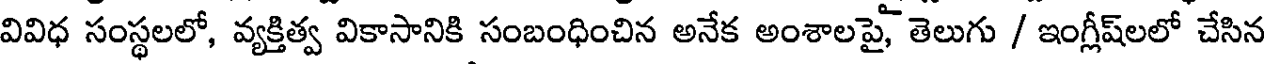
వివిధ సంస్థలలో, వ్యక్తిత్వ వికాసానికి సంబంధించిన అనేక అంశాలపై, తెలుగు / ఇంగ్లీష్లలో చేసిన